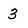
Character: 3